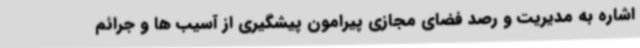
اشاره به مدیریت و رصد فضای مجازی پیرامون پیشگیری از آسیب ها و جرائم